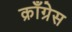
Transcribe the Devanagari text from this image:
क्राँग्रेस